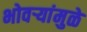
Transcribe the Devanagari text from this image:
भोवर्‍यांमुळे